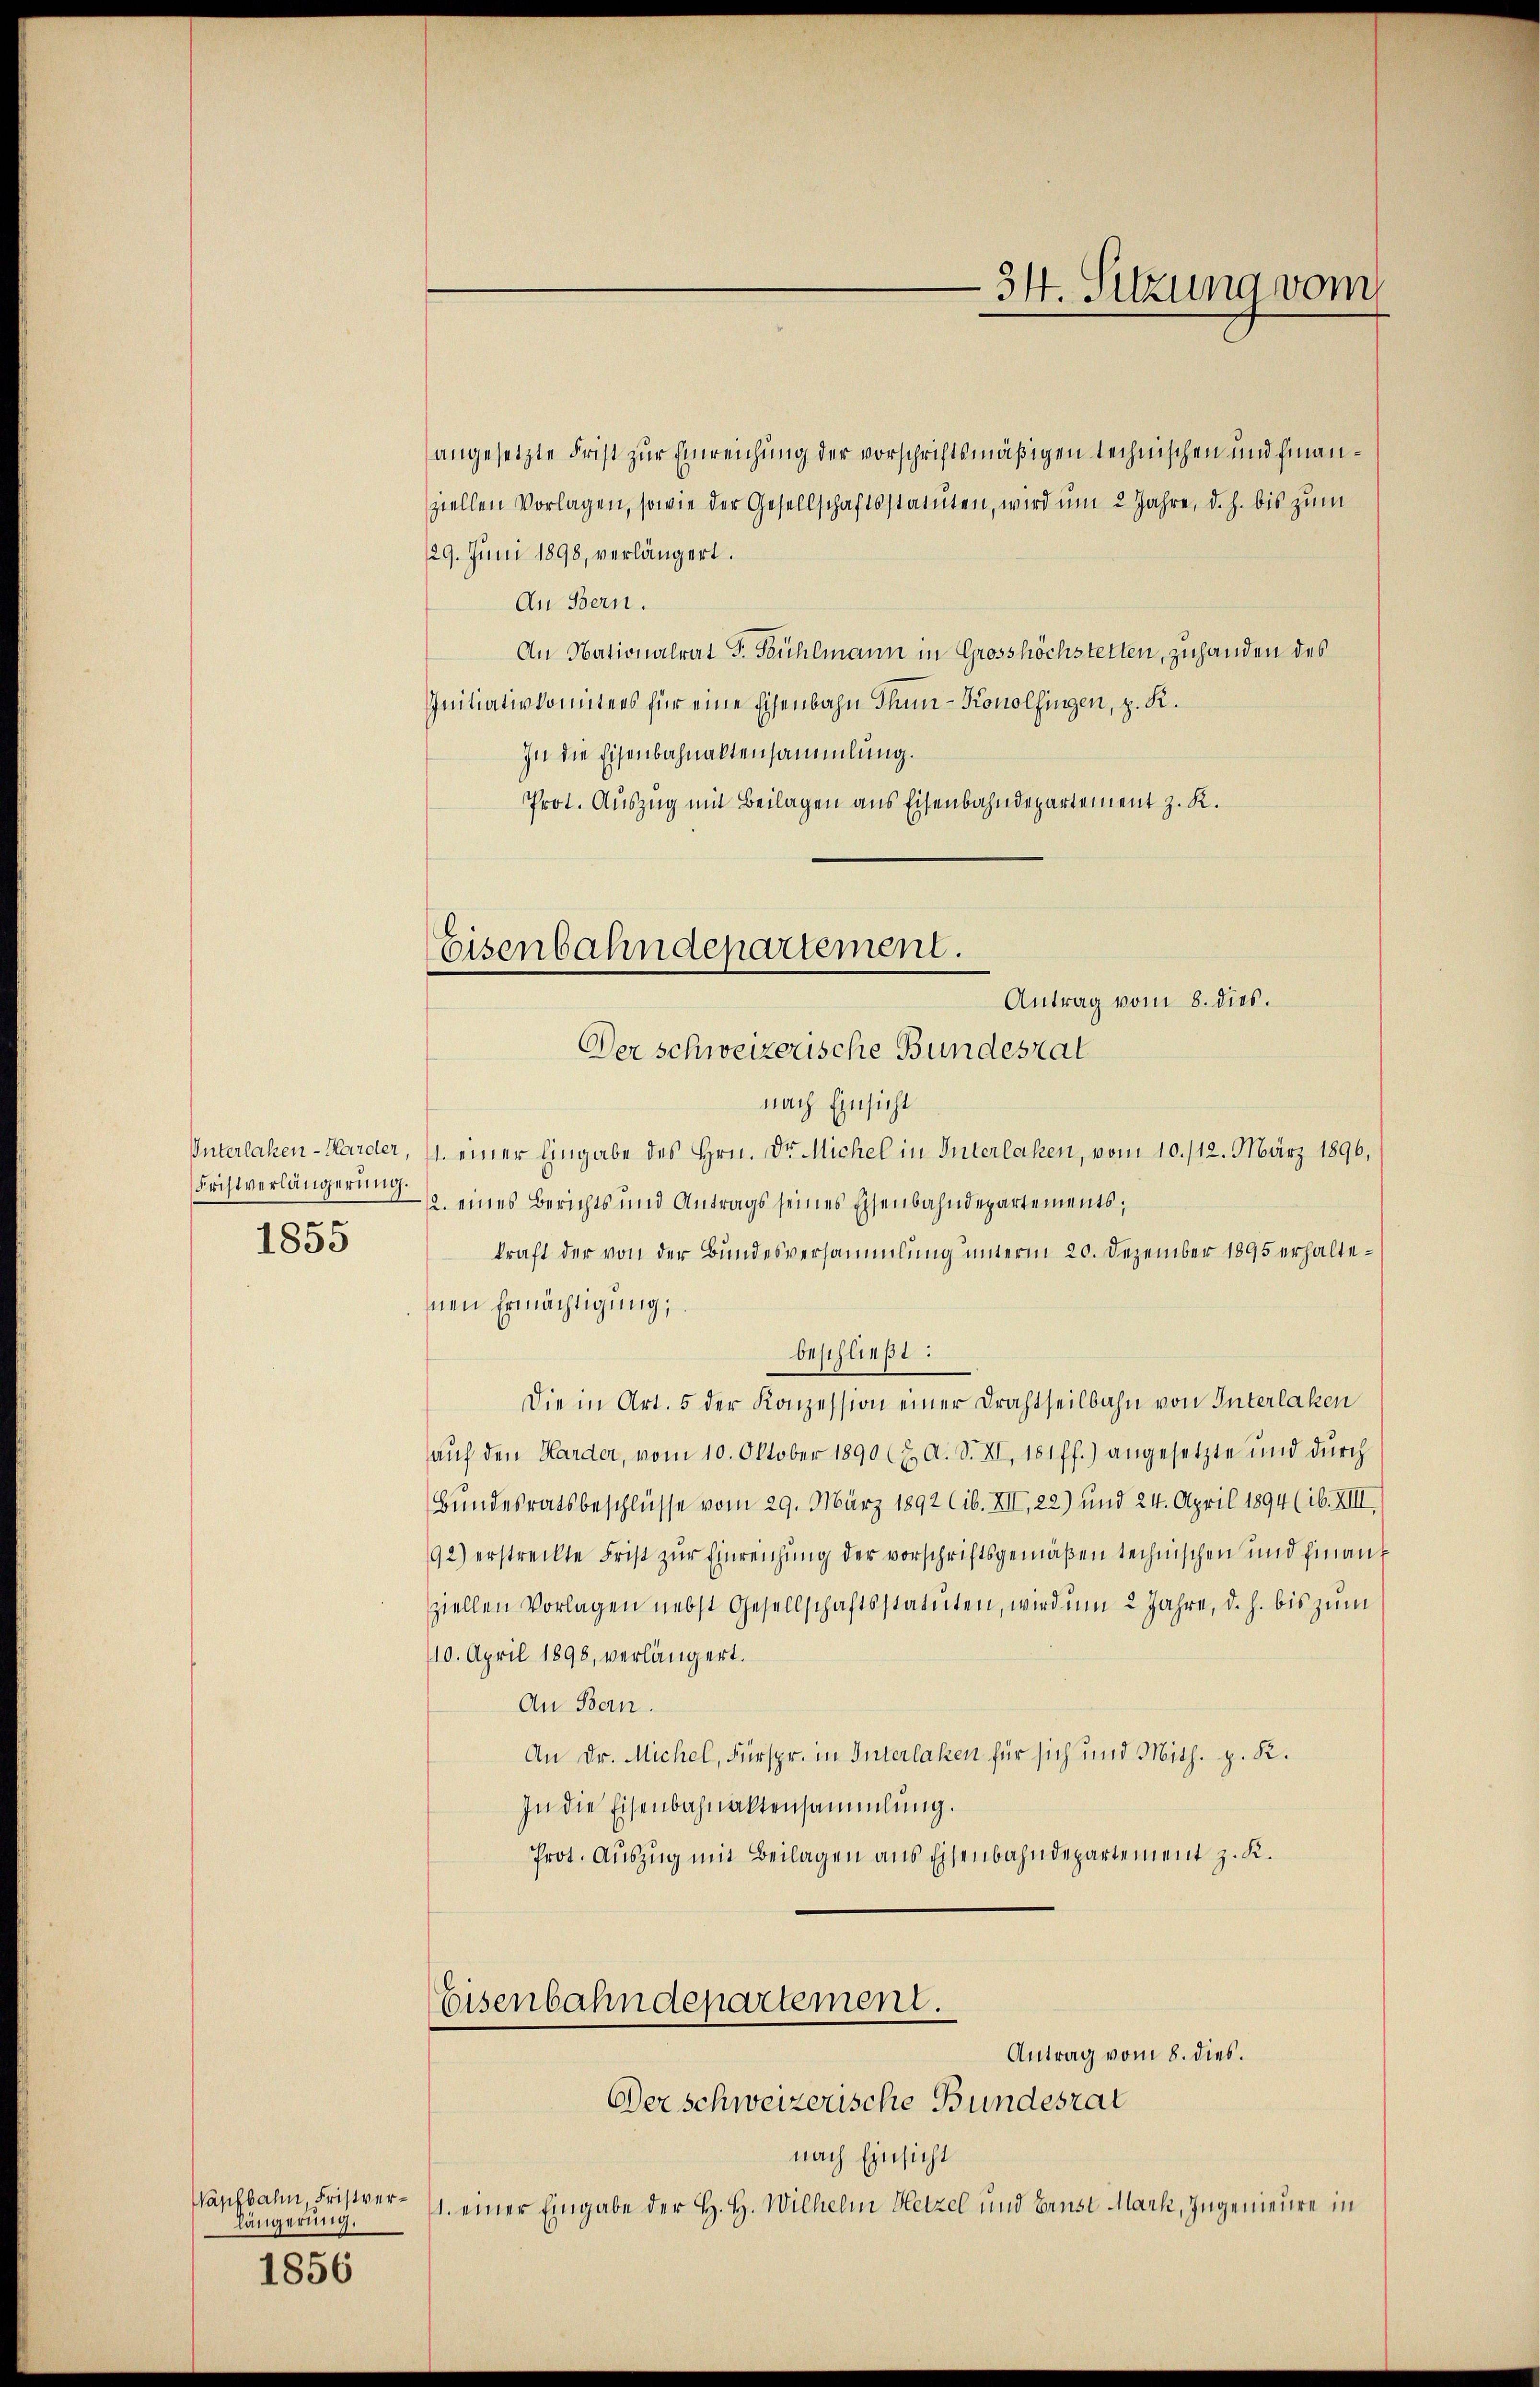
Fristverlängerung.
1855

Wapfbahn, Fristverlängerung.
1856

Eisenbahndepartement.
Antrag vom 8. dies.
Der schweizerische Bundesrat

angesetzte Frist zur Einreichung der vorschriftsmäßigen technischen und finanziellen Vorlagen, sowie der Gesellschaftsstatuten, wird ŭm 2 Jahre, d. h. bis zum
129. Juni 1898, verlängert.
An Bern.
An Nationalrat J. Bühlmann in Grosshöchstetten, zuhanden des
Initiativkomitees für eine Eisenbahn Thun-Konolfingen, z. R.
In die Eisenbahnaktensammlung.
Prot. Auszug mit Beilagen aus Eisenbahndepartement z. K.
nach Einsicht
Unterlaken-Marder, 11. einer Eingabe des Hrn. Dr. Michel in Interlaken, vom 10./12. März 1896,
12. eines Berichts und Antrags seines Eisenbahndepartements;
kraft der von der Bundesversammlung unterm 20. Dezember 1895 erhaltenen Ermächtigung,
beschließt:
Die in Art. 5 der Konzession einer Drahtheilbahn von Interlaken
auf den Harder, vom 10. Oktober 1890 (2. A. S. XI, 181 ff.) angesetzte und durch
Bundesratsbeschlüsse vom 29. März 1892 (ib. XII, 22) und 24. April 1894 (ib. XIII.
92) erstreckte Frist zur Einreichung der vorschriftsgemäßen technischen und finanz
ziellen Vorlagen nebst Gesellschaftsstatuten, wird um 2 Jahre, d. h. bis zum
110. April 1898, verlängert.
An Bern.
An Dr. Michel, Fürspr. in Interlaken für sich und Mith. p. K.
In die Eisenbahnaktensammlung.
Prot. Auszug mit Beilagen aus Eisenbahndepartement z. K.

Eisenbahndepartement.
Antrag vom 8. dies.

34. Sitzung vom

Der schweizerische Bundesrat
nach Einsicht
11. einer Eingabe der H. H. Wilhelm Hetzel und Ernst Mark, Ingenieure in